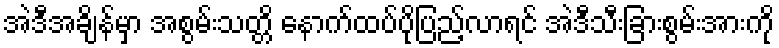
အဲဒီအချိန်မှာ အစွမ်းသတ္တိ နောက်ထပ်ပိုပြည့်လာရင် အဲဒီသီးခြားစွမ်းအားကို